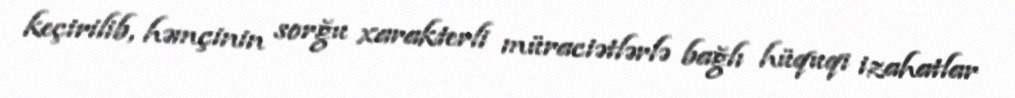
keçirilib, həmçinin sorğu xarakterli müraciətlərlə bağlı hüquqi izahatlar